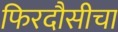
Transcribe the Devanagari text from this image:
फिरदौसीचा